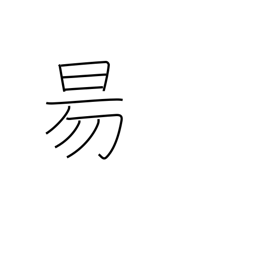
Meaning: sun